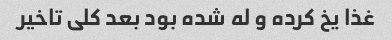
غذا یخ کرده و له شده بود بعد کلی تاخیر